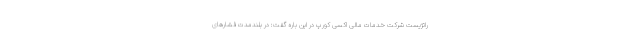
راتژیست شرکت خدمات مالی اکسی کورپ در این باره گفت: در بلندمدت فشارهای